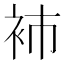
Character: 𧘟